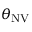
\theta _ { \mathrm { N V } }